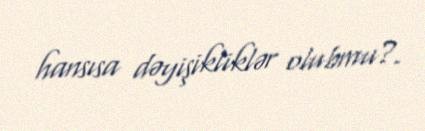
hansısa dəyişikliklər olubmu?.